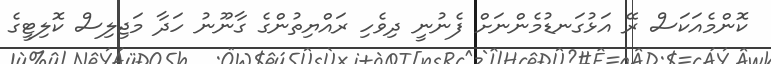
ކޮންމެއަކަސް ރޭ އަޅުގަނޑުމެންނަށް ފެނުނީ ދިވެހި ރައްޔިތުންގެ ގާނޫނު ހަދާ މަޖިލިސް ކޮލިޓީގެ